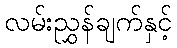
လမ်းညွှန်ချက်နှင့်